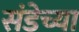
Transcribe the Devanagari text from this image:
संडेच्या